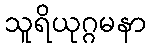
သူရိယုဂ္ဂမနာ